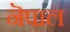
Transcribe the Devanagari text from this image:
नॆपाल